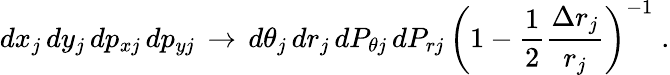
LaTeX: dx_{j}\, dy_{j}\, dp_{xj}\, dp_{yj}\, \rightarrow\, d\theta_{j}\, dr_{j}\, dP_{\theta j}\, dP_{rj}\, \left(1-\frac{1}{2}\frac{\Delta r_{j}}{r_{j}}\right)^{-1}\; .